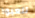
تلعبوا